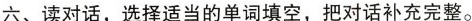
六、读对话,选择适当的单词填空,把对话补充完整.